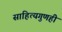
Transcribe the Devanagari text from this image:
साहित्यगुणही